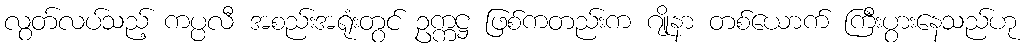
လွတ်လပ်သည့် ကပ္ပလီ အစည်းအရုံးတွင် ဥက္ကဋ္ဌ ဖြစ်ကတည်းက ဂျိုနာ တစ်ယောက် ကြီးပွားနေသည်ဟု